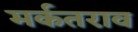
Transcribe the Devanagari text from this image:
मर्कतराव